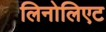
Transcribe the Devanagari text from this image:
लिनोलिएट